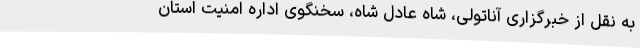
به نقل از خبرگزاری آناتولی، شاه عادل شاه، سخنگوی اداره امنیت استان